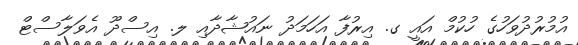
އުމުރުދުވަހުގެ ހުކުމް އައީ ގ. އިރުފާ އަހަމަދު ނައުޝާދާއި ލ. އިސްދޫ އެވަލާސްޓް